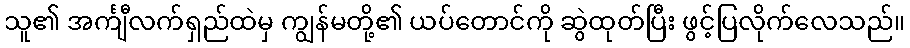
သူ၏ အင်္ကျီလက်ရှည်ထဲမှ ကျွန်မတို့၏ ယပ်တောင်ကို ဆွဲထုတ်ပြီး ဖွင့်ပြလိုက်လေသည်။